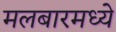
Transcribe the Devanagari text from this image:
मलबारमध्ये